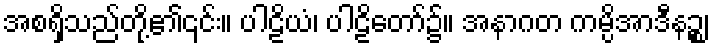
အစရှိသည်တို့၏၎င်း။ ပါဠိယံ၊ ပါဠိတော်၌။ အနာဂတ ကမ္ပိအာဒီနဉ္စ၊